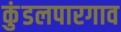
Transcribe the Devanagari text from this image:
कुंडलपारगाव